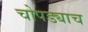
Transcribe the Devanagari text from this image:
चोपड्याच